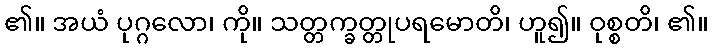
၏။ အယံ ပုဂ္ဂလော၊ ကို။ သတ္တက္ခတ္တုပရမောတိ၊ ဟူ၍။ ဝုစ္စတိ၊ ၏။